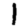
Digit: 1